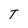
Character: T